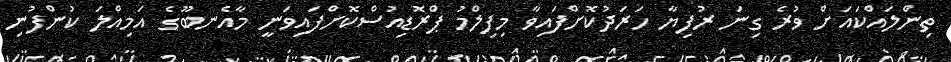
ތިންލައްކައަށް ވުރެ ގިނަ ރުފިޔާ ހަރަދުކޮށްފައިވާ މިފިލްމު ޕްރޮޑިއުސްކޮށްފައިވަނީ މާއެނބޫގެ އަމިއްލަ ކުންފުނި